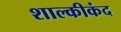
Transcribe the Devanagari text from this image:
शाल्कीकंद